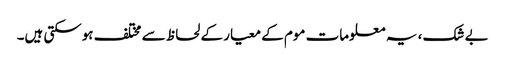
بے شک ، یہ معلومات موم کے معیار کے لحاظ سے مختلف ہوسکتی ہیں۔